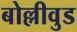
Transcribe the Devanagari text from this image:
बोल्लीवुड